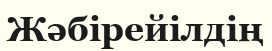
Жәбірейілдің